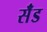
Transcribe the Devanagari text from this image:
सॅंड